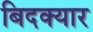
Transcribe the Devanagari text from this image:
बिदक्यार